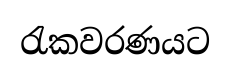
රැකවරණයට